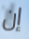
إن